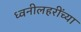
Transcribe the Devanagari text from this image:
ध्वनीलहरींच्या